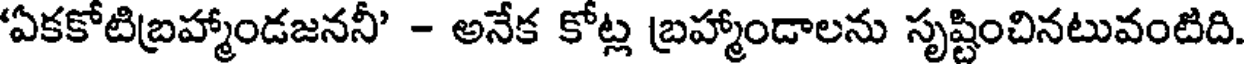
'ఏకకోటిబ్రహ్మాండజననీ' - అనేక కోట్ల బ్రహ్మాండాలను సృష్టించినటువంటిది.